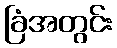
ခြံအတွင်း